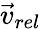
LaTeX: \vec{v}_{rel}